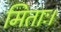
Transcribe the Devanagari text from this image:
मिताः।